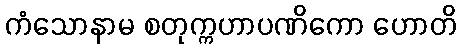
ကံသောနာမ စတုက္ကဟာပဏိကော ဟောတိ